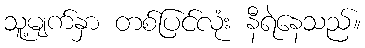
သူ့မျက်နှာ တစ်ပြင်လုံး နီရဲနေသည်။